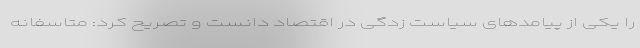
را یکی از پیامدهای سیاست زدگی در اقتصاد دانست و تصریح کرد: متاسفانه